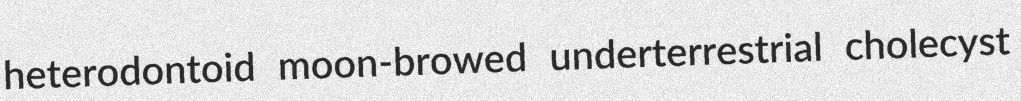
heterodontoid moon-browed underterrestrial cholecyst